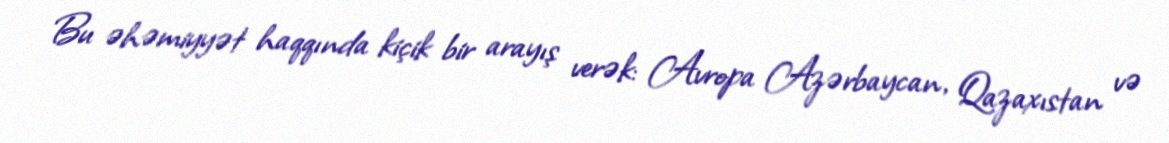
Bu əhəmiyyət haqqında kiçik bir arayış verək: Avropa Azərbaycan, Qazaxıstan və